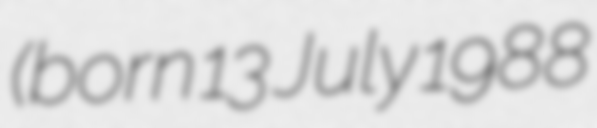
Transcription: (born 13 July 1988